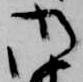
御